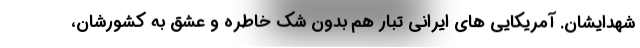
شهدایشان. آمریکایی های ایرانی تبار هم بدون شک خاطره و عشق به کشورشان،